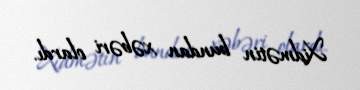
Xidmətin bundan xəbəri olardı.